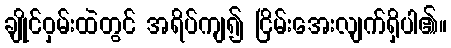
ချိုင်ဝှမ်းထဲတွင် အရိပ်ကျ၍ ငြိမ်းအေးလျက်ရှိပါ၏။